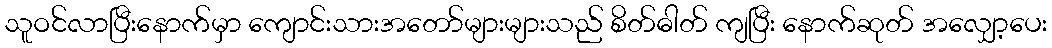
သူဝင်လာပြီးနောက်မှာ ကျောင်းသားအတော်များများသည် စိတ်ဓါတ် ကျပြီး နောက်ဆုတ် အလျှော့ပေး